Report on vaccination in Madras 1895-1903 - 1895-1903
Year: 1895
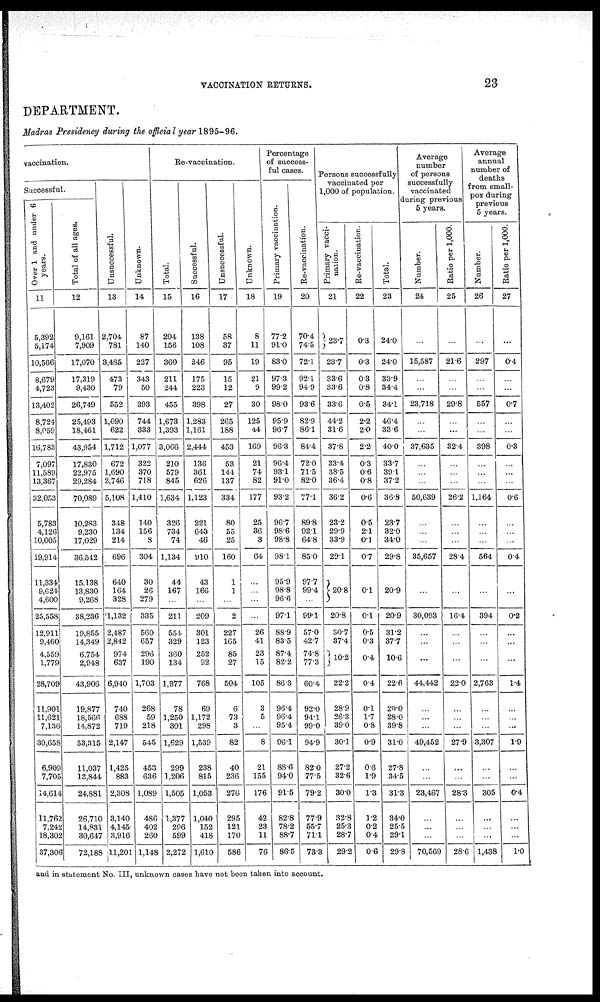
VACCINATION RETURNS.
23
DEPARTMENT.
Madras Presidency during the official year 1895-96.
vaccination.
Successful.
Over 1 and under 6
years.
11
5,392
5,174
10,566
8,679
4,723
13,402
8,724
8,059
16,783
7,097
11,589
13,367
32,053
5,783
4,126
10,005
19,914
11,334
9,624
4,600
25,558
12,911
9,460
4,559
1,779
28,709
11,901
11,621
7,136
30,658
6,909
7,705
14,614
11,762
7,242
18,302
37,306
Total of all ages.
12
9,161
7,909
17,070
17,319
9,430
26,749
25,493
18,461
43,954
17,830
22,975
29,284
70,089
10,283
9,230
17,029
36,542
15,138
13,830
9,268
38,236
19,855
14,349
6,754
2,948
43,906
19,877
18,566
14,872
53,315
11,037
13,844
24,881
26,710
14,831
30,647
72,188
Unsuccessful.
13
2,704
781
3,485
473
79
552
1,090
622
1,712
672
1,690
2,746
5,108
348
134
214
696
640
164
328
1,132
2,487
2,842
974
637
6,940
740
688
719
2,147
1,425
883
2,308
3,140
4,145
3,916
11,201
Unknown.
14
87
140
227
343
50
393
744
333
1,077
322
370
718
1,410
140
156
8
304
30
26
279
335
560
657
296
190
1,703
268
59
218
545
453
636
1,089
486
402
260
1,148
Re-vaccination.
Total.
15
204
156
360
211
244
455
1,673
1,393
3,066
210
579
845
1,634
326
734
74
1,134
44
167
...
211
554
329
360
134
1,377
78
1,250
301
1,629
299
1,206
1,505
1,377
296
599
2,272
Successful.
16
138
108
246
175
223
398
1,283
1,161
2,444
136
361
626
1,123
221
643
46
910
43
166
...
209
301
123
252
92
768
69
1,172
298
1,539
238
815
1,053
1,040
152
418
1,610
Unsuccessful.
17
58
37
95
15
12
27
265
188
453
53
144
137
334
80
55
25
160
1
1
...
2
227
165
85
27
504
6
73
3
82
40
236
276
295
121
170
586
Unknown.
18
8
11
19
21
9
30
125
44
169
21
74
82
177
25
36
3
64
...
...
...
...
26
41
23
15
105
3
5
...
8
21
155
176
42
23
11
76
Percentage
of success-
ful cases.
Primary vaccination.
19
77.2
91.0
83.0
97.3
99.2
98.0
95.9
96.7
96.3
96.4
93.1
91.0
93.2
96.7
98.6
98.8
98.1
95.9
98.8
96.6
97.1
88.9
83.5
87.4
82.2
86.3
96.4
96.4
95.4
96.1
88.6
94.0
91.5
82.8
78.2
88.7
86.5
Re-vaccination.
20
70.4
74.5
72.1
92.1
94.9
93.6
82.9
86.1
84.4
72.0
71.5
82.0
77.1
89.8
92.1
64.8
85.0
97.7
99.4
...
99.1
57.0
42.7
74.8
77.3
60.4
92.0
94.1
99.0
94.9
82.0
77.5
79.2
77.9
55.7
71.1
73.3
Persons successfully
vaccinated per
1,000 of population.
Primary vacci-
nation.
21
23.7
23.7
33.6
33.6
33.6
44.2
31.6
37.8
33.4
38.5
36.4
36.2
23.2
29.9
33.9
29.1
20.8
20.8
30.7
37.4
l0.2
22.2
28.9
26.3
39.0
30.1
27.2
32.6
30.0
32.8
25.3
28.7
29.2
Re-vaccination.
22
0.3
0.3
0.3
0.8
0.5
2.2
2.0
2.2
0.3
0.6
0.8
0.6
0.5
2.1
0.1
0.7
0.1
0.1
0.5
0.3
0.4
0.4
0.1
1.7
0.8
0.9
0.6
1.9
1.3
1.2
0.2
0.4
0.6
Total.
23
24.0
24.0
33.9
34.4
34.1
46.4
33.6
40.0
33.7
39.1
37.2
36.8
23.7
32.0
34.0
29.8
20.9
20.9
31.2
37.7
106
22.6
29.0
28.0
39.8
31.0
27.8
34.5
31.3
34.0
25.5
29.1
29.8
Average
number
of persons
successfully
vaccinated
during previous
5 years.
Number.
24
...
15,587
...
...
23,718
...
...
37,635
...
...
...
50,639
...
...
...
35,657
...
30,093
...
...
...
44,442
...
...
...
49,452
...
...
23,467
...
...
...
70,569
Ratio per 1,000.
25
...
21.6
...
...
29.8
...
...
32.4
...
...
...
26.2
...
...
...
28.4
...
16.4
...
...
...
22.0
...
...
...
27.9
...
...
28.3
...
...
...
28.6
Average
annual
number of
deaths
from small-
pox during
previous
5 years.
Number.
26
...
297
...
...
557
...
...
398
...
...
...
1,164
...
...
...
564
...
394
...
...
...
2,763
...
...
...
3,307
...
...
305
...
...
...
1,438
Ratio per 1,000.
27
...
0.4
...
...
0.7
...
...
0.3
...
...
...
0.6
...
...
...
0.4
...
0.2
...
...
...
1.4
...
...
...
1.9
...
...
0.4
...
...
...
1.0
and in statement No. III, unknown cases have not been taken into account.